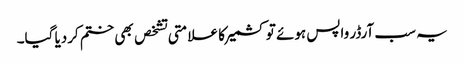
یہ سب آرڈر واپس ہوئے تو کشمیر کا علامتی تشخص بھی ختم کردیا گیا۔